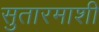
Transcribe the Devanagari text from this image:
सुतारमाशी